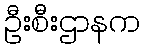
ဦးစီးဌာနက